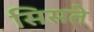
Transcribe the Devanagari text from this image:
सिसते